Materia medica of Madras volume I
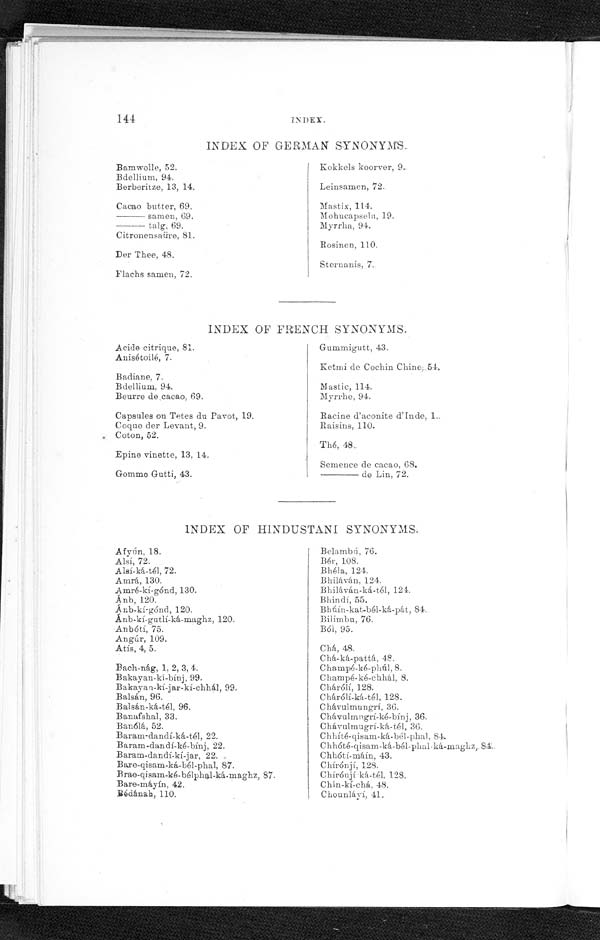
144
INDEX.
Bamwolle, 52.
Bdellium, 94.
Berberitze, 13, 14.
Cacao butter, 69.
——————samen, 69.
— — — — — — t a l g , 6 9 .
Citronensaüre, 81.
Der Thee, 48.
Flachs samen, 72.
Kokkels koorver, 9.
Leinsamen, 72.
Mastix, 114.
Mohucapselu, 19.
Myrrha, 94.
Rosinen, 110.
Sternanis, 7.
INDEX OF GERMAN SYNONYMS.
INDEX OF FRENCH SYNONYMS.
Acide citrique, 81.
Anisétoilé, 7.
Badiane. 7.
Bdellium, 94.
Beurre de cacao, 69.
Capsules on Tetes du Pavot, 19.
Coque der Levant, 9.
Coton, 52.
Epine vinette, 13, 14.
Gomme Gutti, 43.
Gummigutt, 43.
Kettmi de Cochin Chine, 54.
Mastic, 114.
Myrrhe, 94.
Racine d'aconite d' Inde,
l..
Raisins, 110.
Thé, 48.
Semence de cacao, 68.
de Lin, 72.
INDEX OF HINDUSTANI SYNONYMS.
Afyń n, 18.
Alsí, 72.
Alsí-ká-tél, 720.
Amrá, 130.
Amré-kí-gónd, 130.
Ánb, 120.
Ánb-ki-gónd, 120.
Ánb-kí-gutlí-ká-maghz, 120.
Anbótí, 75.
Angúr, 109.
Atís, 4, 5.
Bach-nág, 1, 2, 3, 4.
Bakayan-kí-bínj, 99.
Bakayan-kí-jar-kí-chhál, 99.
Balsán, 96.
Balsán-ká-tél, 96.
Banafshal, 33.
Banólá, 52.
Baram-dandí-ká-tél, 22.
Baram-dandí-ké-bínj, 22.
Baram-dandí-kí-jar, 22
Bare-qisam-ká-bé1-phal, 87.
Brae-qisam-ké-bélphal-ká-maghz, 87.
Bare-máyín, 42.
Bédánah, 110.
Belambú, 76.
Bér, 108.
Bhéla, 124.
Bhiláván, 124.
Bhiláván-ká-tél, 124.
Bhindí, 55.
Bhúín-kat-bél-ká-pát, 84.
Bi limbu, 76.
Bói, 95.
Chá, 48.
Chá-ká-pattá, 48.
Champé-ké-phúl, 8.
Champé-ké-chhál, 8.
Chárólí, 128.
Chárólí-ká-tél, 128.
Chávulmungrí, 36.
Chávulmugrí-ké-bínj, 36.
Chávulmugrí-ká-tél, 30.
Chhíté-qisam-ká.-bé1-phal, 84.
Chhóté-qisam-ká-bél-phal-ká-maghz, 8
4
Chhótí-máín, 43.
Chírónj, 128.
Chíróují-ká-tél, 128.
Chín-kí-chá, 48.
Chounláyí, 41.